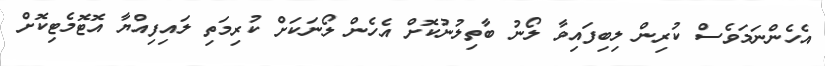
އެހެންނަމަވެސް ކުރިން ލިބިފައިވާ ލޯނު ބާތިލުނުކޮށް އެހެން ލޯނަކަށް ކުރިމަތި ލައިފިއްޔާ އޮޓޮމެޓިކޮށް